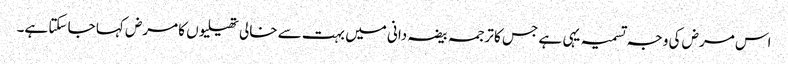
اس مرض کی وجہ تسمیہ یہی ہے جس کا ترجمہ بیضہ دانی میں بہت سے خالی تھیلیوں کا مرض کہا جا سکتا ہے۔